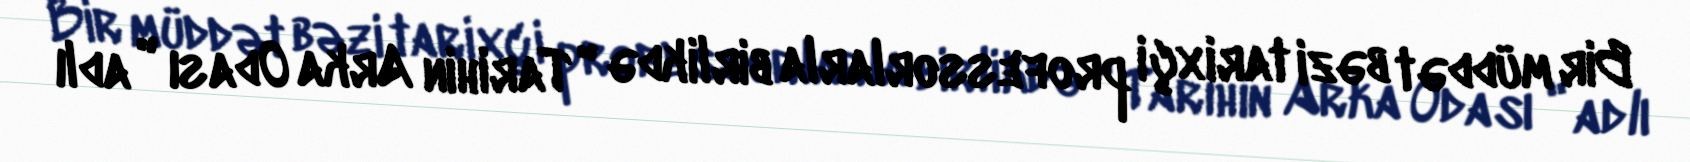
Bir müddət bəzi tarixçi professorlarla birlikdə " Tarihin Arka Odası " adlı